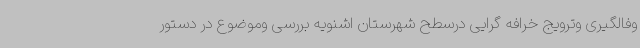
وفالگیری وترویج خرافه گرایی درسطح شهرستان اشنویه بررسی وموضوع در دستور